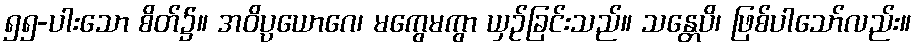
၅၅-ပါးသော စိတ်၌။ အဝိပ္ပယောဂေ၊ မကွေမကွာ ယှဉ်ခြင်းသည်။ သန္တေပိ၊ ဖြစ်ပါသော်လည်း။